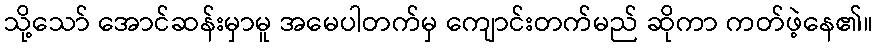
သို့သော် အောင်ဆန်းမှာမူ အမေပါတက်မှ ကျောင်းတက်မည် ဆိုကာ ကတ်ဖဲ့နေ၏။